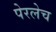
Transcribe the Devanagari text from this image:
पेरलेच